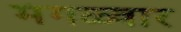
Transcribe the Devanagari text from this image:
मंगळ्वार